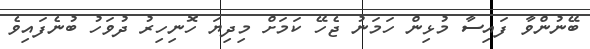
ބޭނުންވާ ފައިސާ މުޅިން ހަމަނު ޖެހޭ ކަމަށް މިދިޔަ ހޮނިހިރު ދުވަހު ބުނެފައިވެ